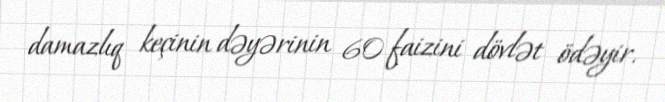
damazlıq keçinin dəyərinin 60 faizini dövlət ödəyir.